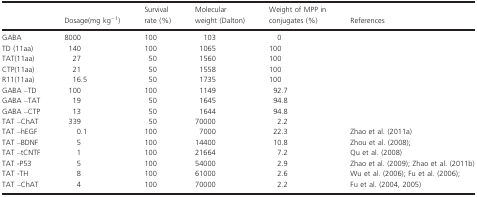
<table><thead><tr><td></td><td><b>Dosage(mg kg<sup>−1</sup>)</b></td><td><b>Survival rate (%)</b></td><td><b>Molecular weight (Dalton)</b></td><td><b>Weight of MPP in conjugates (%)</b></td><td><b>References</b></td></tr></thead><tbody><tr><td>GABA</td><td>8000</td><td>100</td><td>103</td><td>0</td><td></td></tr><tr><td>TD (11aa)</td><td>140</td><td>100</td><td>1065</td><td>100</td><td></td></tr><tr><td>TAT(11aa)</td><td>27</td><td>50</td><td>1560</td><td>100</td><td></td></tr><tr><td>CTP(11aa)</td><td>21</td><td>50</td><td>1558</td><td>100</td><td></td></tr><tr><td>R11(11aa)</td><td>16.5</td><td>50</td><td>1735</td><td>100</td><td></td></tr><tr><td>GABA –TD</td><td>100</td><td>100</td><td>1149</td><td>92.7</td><td></td></tr><tr><td>GABA –TAT</td><td>19</td><td>50</td><td>1645</td><td>94.8</td><td></td></tr><tr><td>GABA –CTP</td><td>13</td><td>50</td><td>1644</td><td>94.8</td><td></td></tr><tr><td>TAT –ChAT</td><td>339</td><td>50</td><td>70000</td><td>2.2</td><td></td></tr><tr><td>TAT –hEGF</td><td>0.1</td><td>100</td><td>7000</td><td>22.3</td><td>Zhao et al. (2011a)</td></tr><tr><td>TAT –BDNF</td><td>5</td><td>100</td><td>14400</td><td>10.8</td><td>Zhou et al. (2008); </td></tr><tr><td>TAT –tCNTF</td><td>1</td><td>100</td><td>21664</td><td>7.2</td><td>Qu et al. (2008) </td></tr><tr><td>TAT ‐P53</td><td>5</td><td>100</td><td>54000</td><td>2.9</td><td>Zhao et al. (2009); Zhao et al. (2011b)</td></tr><tr><td>TAT ‐TH</td><td>8</td><td>100</td><td>61000</td><td>2.6</td><td>Wu et al. (2006); Fu et al. (2006); </td></tr><tr><td>TAT –ChAT</td><td>4</td><td>100</td><td>70000</td><td>2.2</td><td>Fu et al. (2004, 2005)</td></tr></tbody></table>